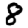
Digit: 8